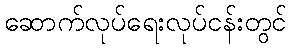
ဆောက်လုပ်ရေးလုပ်ငန်းတွင်